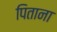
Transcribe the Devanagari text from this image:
पिताना